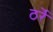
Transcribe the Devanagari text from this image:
ठर्रे